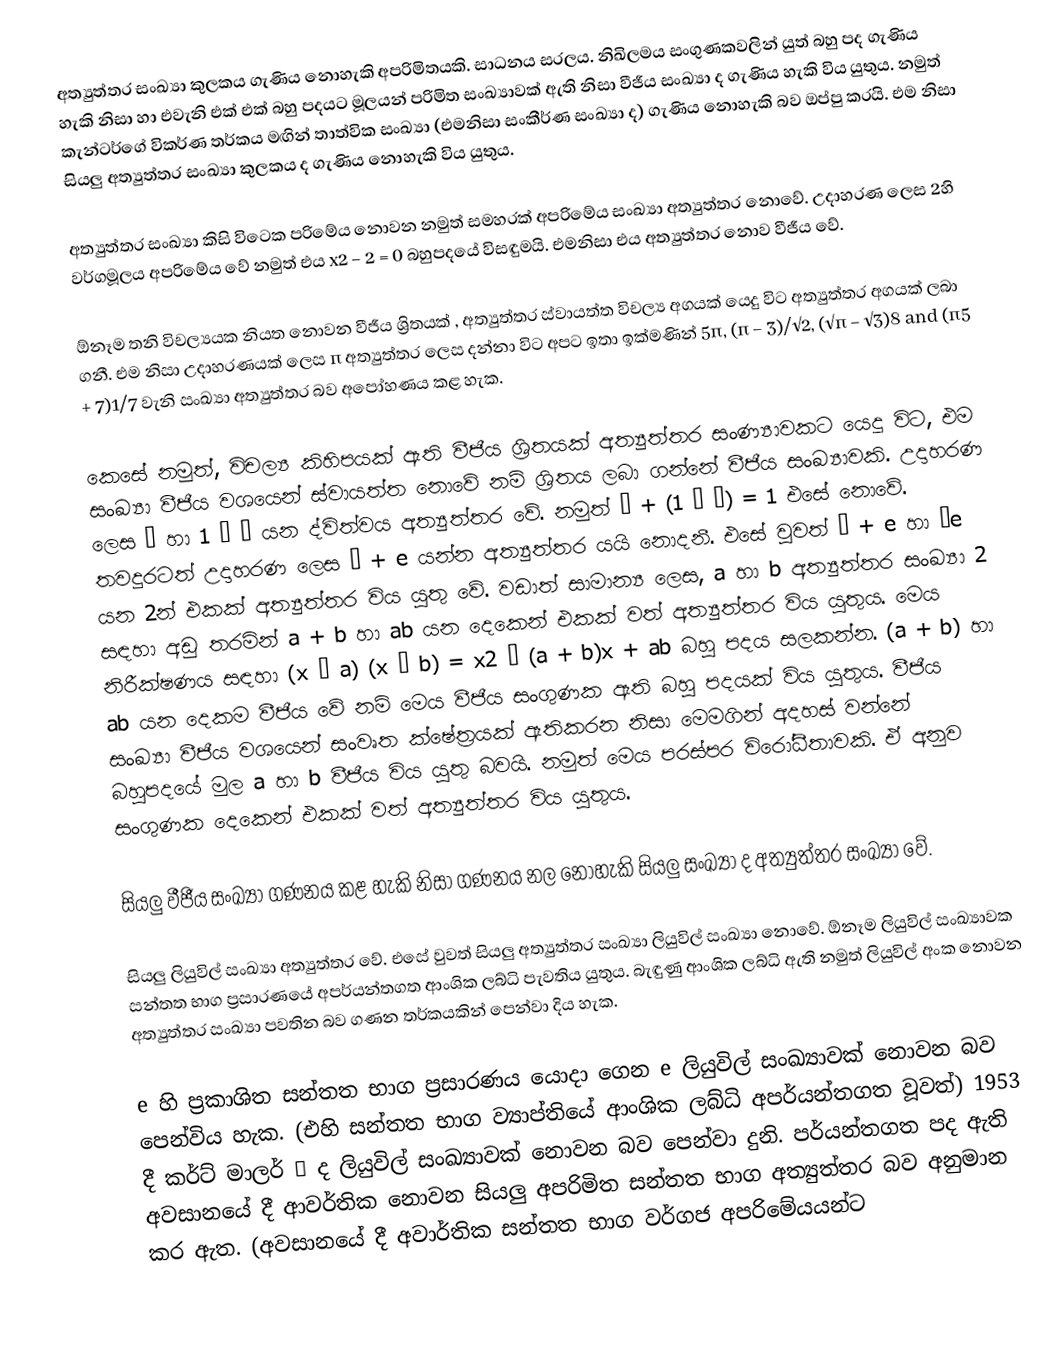
අත්‍යුත්තර සංඛ්‍යා කුලකය ගැණිය නොහැකි අපරි‍මිතයකි. සාධනය සරලය. නිඛිලමය සංගුණකවලින් යුත් බහු පද ගැණිය හැකි නිසා හා එවැනි එක් එක් බහු පදයට මූලයන් පරිමිත සංඛ්‍යාවක් ඇති නිසා වීජීය සංඛ්‍යා ද ගැණිය හැකි විය යුතුය. නමුත් කැන්ටර්ගේ විකර්ණ තර්කය මඟින් තාත්වික සංඛ්‍යා (එමනිසා සංකීර්ණ සංඛ්‍යා ද) ගැණිය නොහැකි බව ඔප්පු කරයි. එම නිසා සියලු අත්‍යුත්තර සංඛ්‍යා කුලකය ද ගැණිය නොහැකි විය යුතුය.

අත්‍යුත්තර සංඛ්‍යා කිසි විටෙක පරිමේය නොවන නමුත් සමහරක් අපරිමේය සංඛ්‍යා අත්‍යුත්තර නොවේ. උදාහරණ ලෙස 2හි වර්ගමූලය අපරිමේය වේ නමුත් එය x2 − 2 = 0 බහුපදයේ විසඳුමයි. එමනිසා එය අත්‍යුත්තර නොව වීජීය වේ.

ඕනෑම තනි විචල්‍යයක නියත නොවන වීජීය ශ්‍රිතයක් , අත්‍යුත්තර ස්වායත්ත විචල්‍ය අගයක් යෙදු විට අත්‍යුත්තර අගයක් ලබා ගනී. එම නිසා උදාහරණයක් ලෙස π අත්‍යුත්තර ලෙස දන්නා විට අපට ඉතා ඉක්මණින් 5π, (π − 3)/√2, (√π − √3)8 and (π5 + 7)1/7 වැනි සංඛ්‍යා අත්‍යුත්තර බව අපෝහණය කළ හැක.

කෙසේ නමුත්, විචල්‍ය කිහිපයක් ඇති වීජීය ශ්‍රිතයක් අත්‍යුත්තර සංණ්‍යාවකට යෙදූ විට, එම සංඛ්‍යා වීජීය වශයෙන් ස්වායත්ත නොවේ නම් ශ්‍රිතය ලබා ගන්නේ වීජීය සංඛ්‍යාවකි. උදාහරණ ලෙස π හා 1 − π යන ද්විත්වය අත්‍යුත්තර වේ. නමුත් π + (1 − π) = 1 එසේ නොවේ. තවදුරටත් උදාහරණ ලෙස π + e යන්න අත්‍යුත්තර යයි නොදනී. එසේ වුවත් π + e හා πe යන  2න් එකක් අත්‍යුත්තර විය යුතු වේ. වඩාත් සාමාන්‍ය ලෙස, a හා b  අත්‍යුත්තර සංඛ්‍යා 2 සඳහා අඩු තරමින් a + b හා  ab යන දෙකෙන් එකක් වත් අත්‍යුත්තර විය යුතුය. මෙය නිරීක්ෂණය සඳහා  (x − a) (x − b) = x2 − (a + b)x + ab  බහු පදය සලකන්න.  (a + b) හා ab  යන දෙකම වීජීය වේ නම් මෙය වීජීය සංගුණක ඇති බහු පදයක් විය යුතුය. වීජීය සංඛ්‍යා වීජීය වශයෙන් සංවෘත ක්ෂේත්‍රයක් ඇතිකරන නිසා මෙමගින් අදහස් වන්නේ බහුපදයේ මුල a හා b වීජීය  විය යුතු බවයි. නමුත් මෙය පරස්පර විරෝධීතාවකි. ඒ අනුව සංගුණක දෙකෙන් එකක් වත් අත්‍යුත්තර විය යුතුය.

සියලු වීජීය සංඛ්‍යා ගණනය කළ හැකි නිසා ගණනය නල නොහැකි සියලු සංඛ්‍යා ද අත්‍යුත්තර සංඛ්‍යා වේ.

සියලු ලියුවිල් සංඛ්‍යා අත්‍යුත්තර වේ. එසේ වුවත් සියලු අත්‍යුත්තර සංඛ්‍යා ලියුවිල් සංඛ්‍යා නොවේ. ඕනෑම ලියුවිල් සංඛ්‍යාවක සන්තත භාග ප්‍රසාරණයේ අපර්යන්තගත ආංශික ලබ්ධි පැවතිය යුතුය. බැඳුණු ආංශික ලබ්ධි ඇති නමුත් ලියුවිල් අංක නොවන අත්‍යුත්තර සංඛ්‍යා පවතින බව ගණන තර්කයකින් පෙන්වා දිය හැක.

e හි ප්‍රකාශිත සන්තත භාග ප්‍රසාරණය යොදා ගෙන e ලියුවිල් සංඛ්‍යාවක් නොවන බව පෙන්විය හැක. (එහි සන්තත භාග ව්‍යාප්තියේ ආංශික ලබ්ධි අපර්යන්තගත වූවත්) 1953 දී කර්ට් මාලර් π ද ලියුවිල් සංඛ්‍යාවක් නොවන බව පෙන්වා දුනි. පර්යන්තගත පද ඇති අවසානයේ දී ආවර්තික නොවන සියලු අපරිමිත සන්තත භාග අත්‍යුත්තර බව අනුමාන කර ඇත. (අවසානයේ දී අවාර්තික සන්තත භාග වර්ගජ අපරිමේයයන්ට